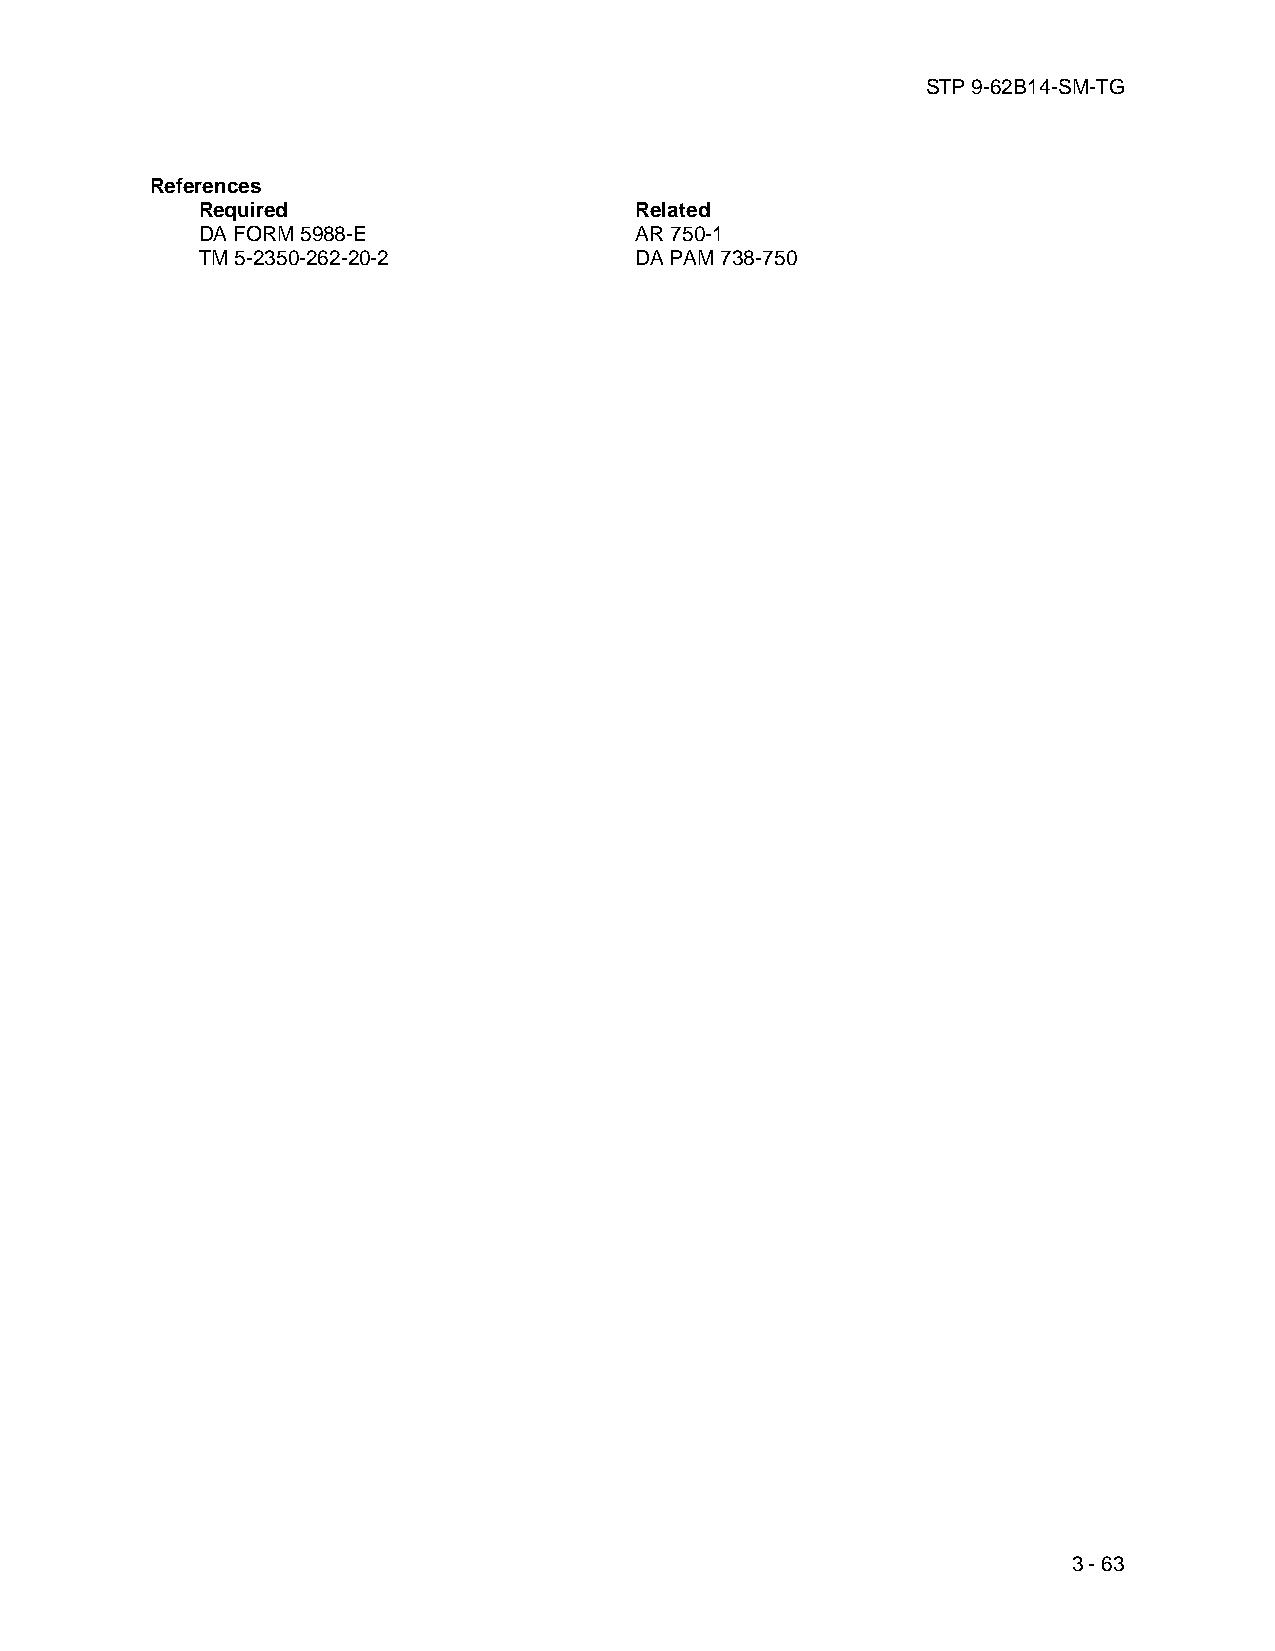
STP 9-62B14-SM-TG
 References
 Required                     Related
 DA FORM 5988-E               AR 750-1
 TM 5-2350-262-20-2           DA PAM 738-750
 3 - 63